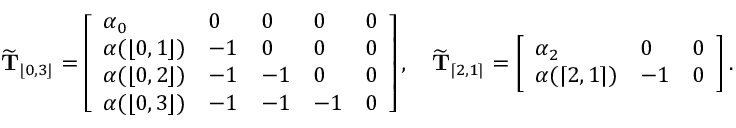
\widetilde { \mathbf { T } } _ { \lfloor 0 , 3 \rfloor } = \left[ \begin{array} { l l l l l } { \alpha _ { 0 } } & { 0 } & { 0 } & { 0 } & { 0 } \\ { \boldsymbol { \alpha } ( \lfloor 0 , 1 \rfloor ) } & { - 1 } & { 0 } & { 0 } & { 0 } \\ { \boldsymbol { \alpha } ( \lfloor 0 , 2 \rfloor ) } & { - 1 } & { - 1 } & { 0 } & { 0 } \\ { \boldsymbol { \alpha } ( \lfloor 0 , 3 \rfloor ) } & { - 1 } & { - 1 } & { - 1 } & { 0 } \end{array} \right] , \quad \widetilde { \mathbf { T } } _ { \lceil 2 , 1 \rceil } = \left[ \begin{array} { l l l } { \alpha _ { 2 } } & { 0 } & { 0 } \\ { \boldsymbol { \alpha } ( \lceil 2 , 1 \rceil ) } & { - 1 } & { 0 } \end{array} \right] .